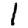
Digit: 1